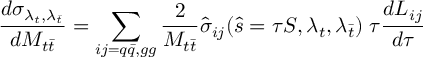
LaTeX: \frac { d \sigma _ { \lambda _ { t } , \lambda _ { \bar { t } } } } { d M _ { t \bar { t } } } = \sum _ { i j = q \bar { q } , g g } \frac { 2 } { M _ { t \bar { t } } } \hat { \sigma } _ { i j } ( \hat { s } = \tau S , \lambda _ { t } , \lambda _ { \bar { t } } ) \; \tau \frac { d L _ { i j } } { d \tau }